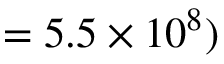
= 5 . 5 \times 1 0 ^ { 8 } )